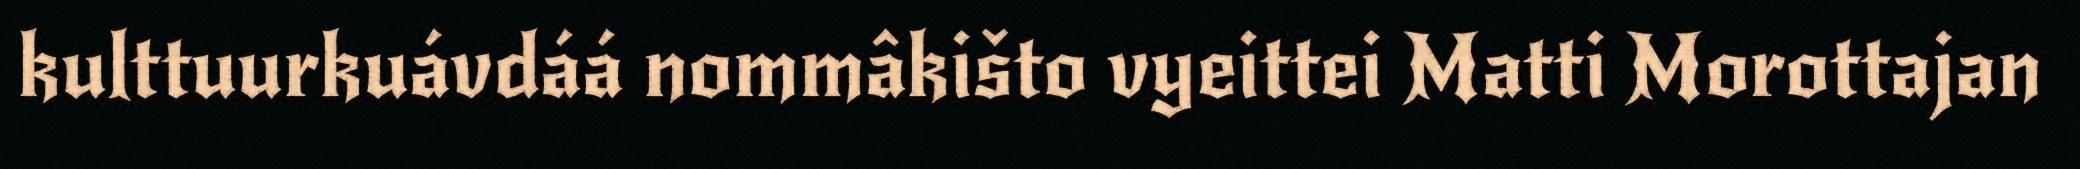
kulttuurkuávdáá nommâkišto vyeittei Matti Morottajan